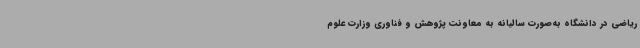
ریاضی در دانشگاه به‌صورت سالیانه به معاونت پژوهش و فناوری وزارت علوم